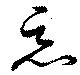
悪